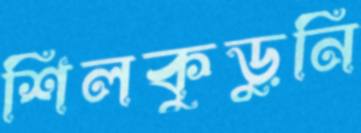
শিলকুড়ুনি